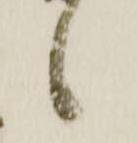
候